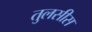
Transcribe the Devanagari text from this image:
तुलसीस